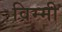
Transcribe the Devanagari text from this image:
विम्मी